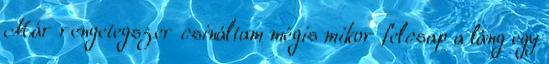
Már rengetegszer csináltam mégis mikor felcsap a láng egy